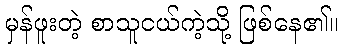
မှန်ဖူးတဲ့ စာသူငယ်ကဲ့သို့ ဖြစ်နေ၏။